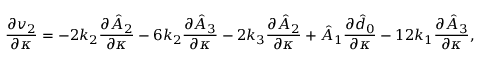
\frac { \partial v _ { 2 } } { \partial \kappa } = - 2 k _ { 2 } \frac { \partial \hat { A } _ { 2 } } { \partial \kappa } - 6 k _ { 2 } \frac { \partial \hat { A } _ { 3 } } { \partial \kappa } - 2 k _ { 3 } \frac { \partial \hat { A } _ { 2 } } { \partial \kappa } + \hat { A } _ { 1 } \frac { \partial \hat { d } _ { 0 } } { \partial \kappa } - 1 2 k _ { 1 } \frac { \partial \hat { A } _ { 3 } } { \partial \kappa } ,